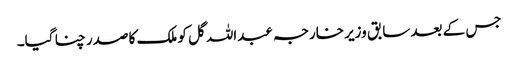
جس کے بعد سابق وزیر خارجہ عبداللہ گل کو ملک کا صدر چنا گیا۔